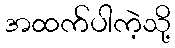
အထက်ပါကဲ့သို့